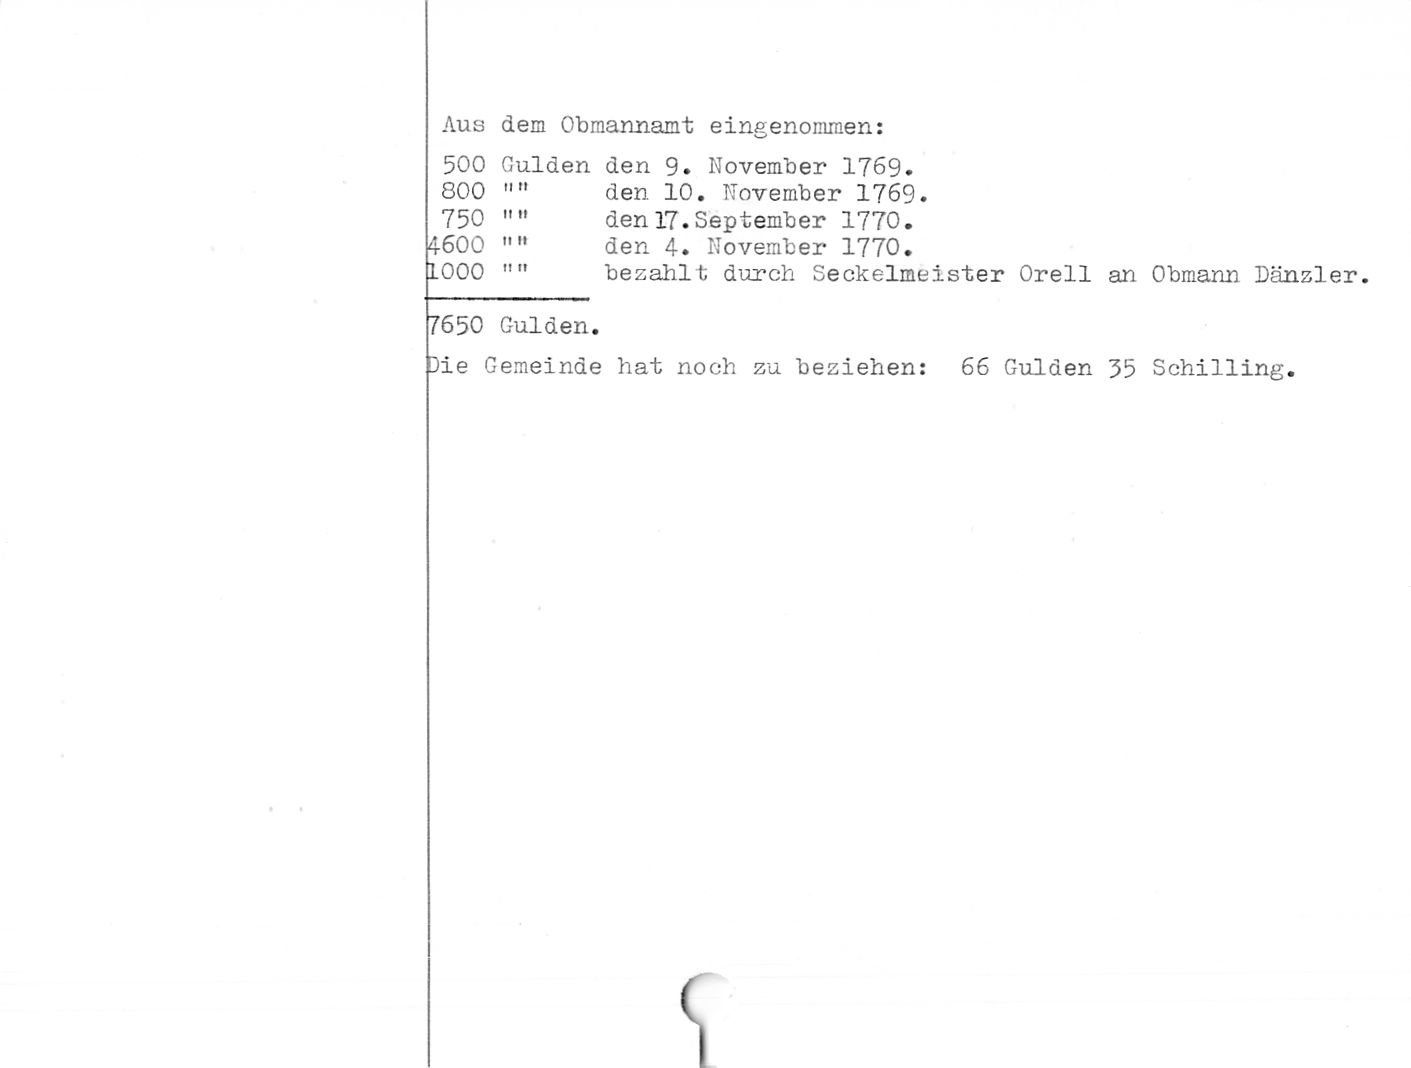
Aus dem Obmannamt eingenommen:

500 Gulden den 9. November 1769.

800 "" den 10. November 1769.

750 "" den 17.September 1770.

4600 "" den 4. November 1770.

1.000 "" befahlt durob Secheimeister Orell an

7650 Gulden.

jie Gemeinde hat noch zu beziehen: 66 Gulden 35

Obmann Dänzler.

Schilling.